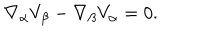
LaTeX: \nabla _ { \alpha } V _ { \beta } - \nabla _ { \beta } V _ { \alpha } = 0 .